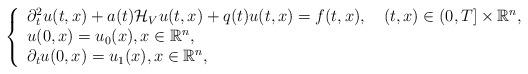
LaTeX: \begin{align*}\left\{\begin{array}{l}\partial_{t}^{2} u(t, x)+a(t) \mathcal{H}_{V}u(t, x)+q(t) u(t, x)=f(t,x),\quad(t, x) \in(0, T] \times \mathbb{R}^{n}, \\u(0, x)=u_{0}(x),x \in \mathbb{R}^{n}, \\\partial_{t} u(0, x)=u_{1}(x),x \in \mathbb{R}^{n},\end{array}\right.\end{align*}